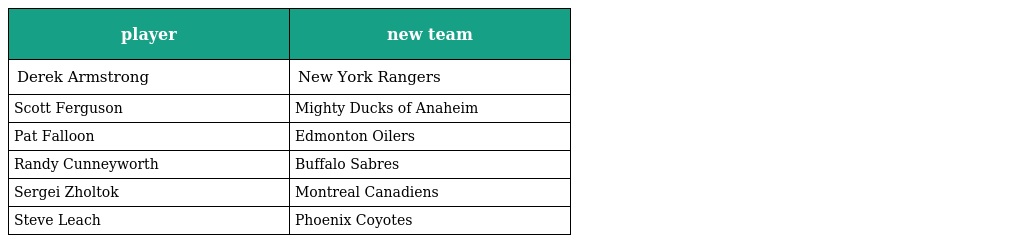
| player | new team |
 | --- | --- |
 | Derek Armstrong | New York Rangers |
 | Scott Ferguson | Mighty Ducks of Anaheim |
 | Pat Falloon | Edmonton Oilers |
 | Randy Cunneyworth | Buffalo Sabres |
 | Sergei Zholtok | Montreal Canadiens |
 | Steve Leach | Phoenix Coyotes |